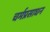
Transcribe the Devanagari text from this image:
चर्मप्रसाधन